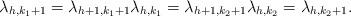
LaTeX: \begin{align*}\lambda_{h,k_1+1}=\lambda_{h+1,k_1+1}\lambda_{h,k_1}=\lambda_{h+1,k_2+1}\lambda_{h,k_2}=\lambda_{h,k_2+1}.\end{align*}